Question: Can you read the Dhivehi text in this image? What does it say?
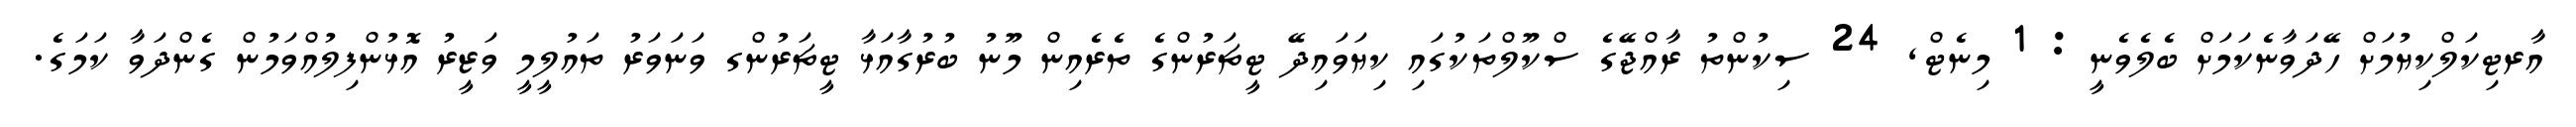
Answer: އާރޓިކަލްކިޔުމަށް ހޭދަވާނެކަމަށް ބެލެވެނީ : 1 މިނެޓް, 24 ސިކުންތު ރާއްޖޭގެ ސްކޫލްތަކުގައި ކިޔަވައިދޭ ޓީޗަރުންގެ ތެރެއިން މޫނު ބުރުގާއަޅާ ޓީޗަރުންގ ވަނަވަރު ތައުލީމީ ވަޒީރު އޮޅުންފިލުއްވަމުން ގެންދަވާ ކަމަގެ.